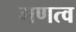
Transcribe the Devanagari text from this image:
गणत्व